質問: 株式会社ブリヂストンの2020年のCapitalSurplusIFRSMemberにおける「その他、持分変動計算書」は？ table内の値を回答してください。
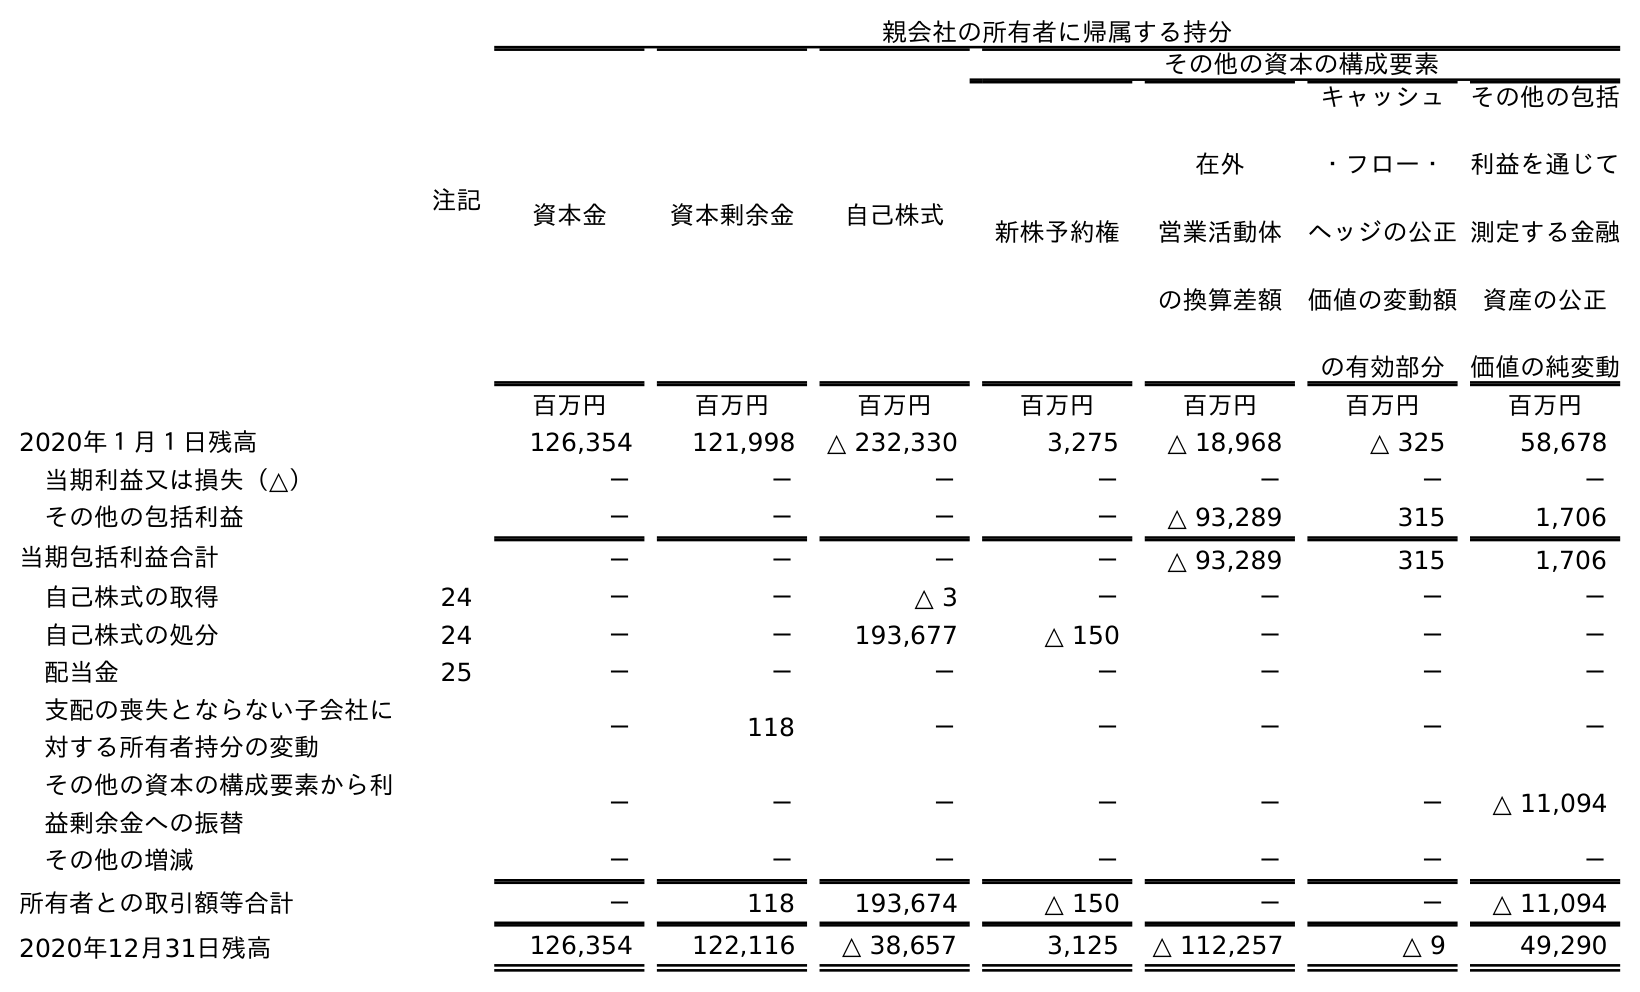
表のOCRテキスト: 注記 親会社の所有者に帰属する持分 資本金 資本剰余金 自己株式 その他の資本の構成要素 新株予約権 在外 営業活動体 の換算差額 キャッシュ ・フロー・ ヘッジの公正 価値の変動額 の有効部分 その他の包括 利益を通じて 測定する金融 資産の公正 価値の純変動 百万円 百万円 百万円 百万円 百万円 百万円 百万円 2020年１月１日残高 126,354 121,998 △ 232,330 3,275 △ 18,968 △ 325 58,678 当期利益又は損失（△） － － － － － － － その他の包括利益 － － － － △ 93,289 315 1,706 当期包括利益合計 － － － － △ 93,289 315 1,706 自己株式の取得 24 － － △ 3 － － － － 自己株式の処分 24 － － 193,677 △ 150 － － － 配当金 25 － － － － － － － 支配の喪失とならない子会社に 対する所有者持分の変動 － 118 － － － － － その他の資本の構成要素から利 益剰余金への振替 － － － － － － △ 11,094 その他の増減 － － － － － － － 所有者との取引額等合計 － 118 193,674 △ 150 － － △ 11,094 2020年12月31日残高 126,354 122,116 △ 38,657 3,125 △ 112,257 △ 9 49,290
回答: －